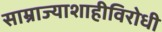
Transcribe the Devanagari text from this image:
साम्राज्याशाहीविरोधी